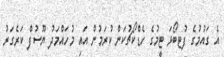
އެ ގައުމުގެ ފުޓބޯޅަ ޓީމުގެ ހެޑްކޯޗުކަން ކުރަމުން އައި މުހައްމަދު ޔޫސުފް ކަރެގަރު